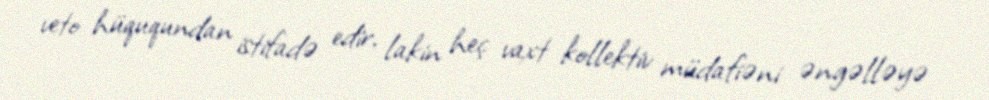
veto hüququndan istifadə edir, lakin heç vaxt kollektiv müdafiəni əngəlləyə